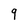
Character: 9